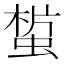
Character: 𧎀